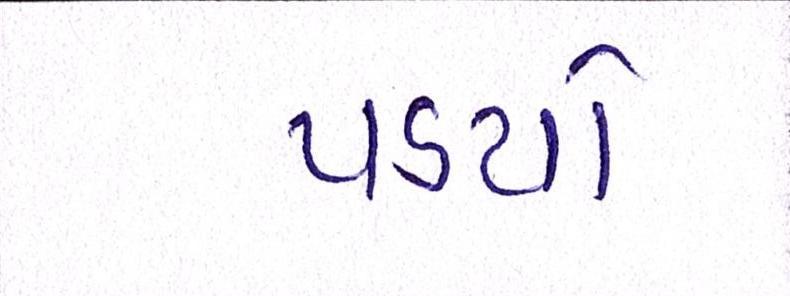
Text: પડયો